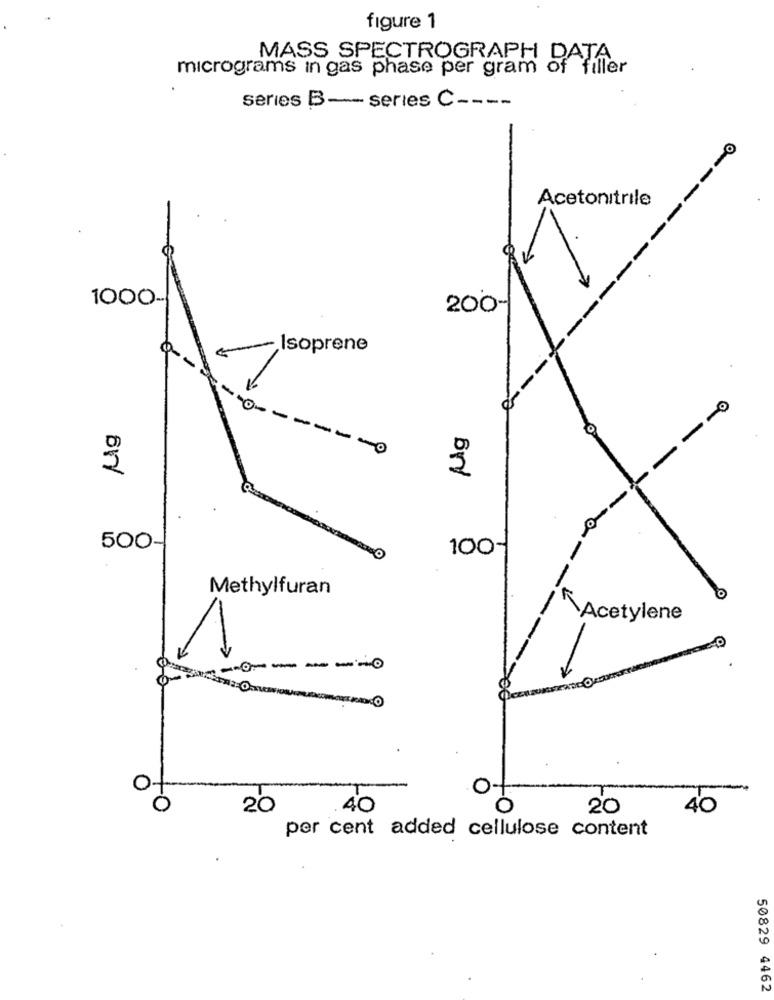
figure 1
MASS SPECTROGRAPH DATA
micrograms in gas phase per gram of
series B- series C ----
Acetonitrile
1000-
200-
Isoprene
Mg
---
-O
2
500-
100-
Methylfuran
Acetylene
--------
20
40
20
40
per cent added cellulose content
50829 4462